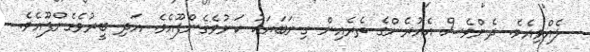
ލެއްވިއެވެ. ދެންވެސް އެއުރެންގެ ތެރެއިން ގިނަބަޔަކު ކަނުވެގެންފޫއެވެ. އަދި ބީރުވެގެންފޫއެވެ.